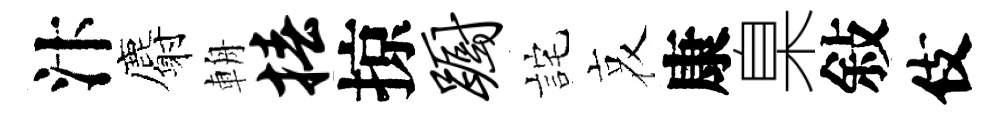
汴麝輈椿掠蹰詫哀康臬敍伎